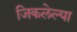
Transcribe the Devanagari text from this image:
जिकलेल्या